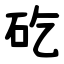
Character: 矻